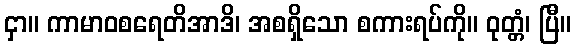
ငှာ။ ကာမာဝစရေတိအာဒိ၊ အစရှိသော စကားရပ်ကို။ ဝုတ္တံ၊ ပြီ။